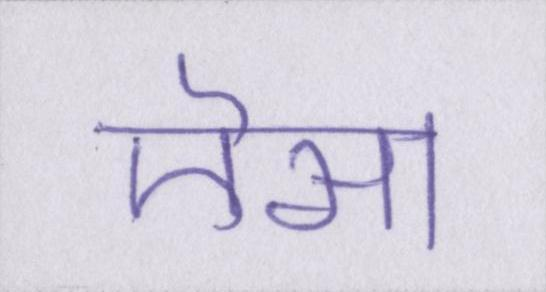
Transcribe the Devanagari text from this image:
ऎसा